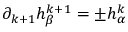
\partial _ { k + 1 } h _ { \beta } ^ { k + 1 } = \pm h _ { \alpha } ^ { k }